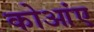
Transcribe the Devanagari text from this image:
कोआंए